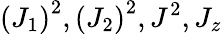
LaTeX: \left(J_{1}\right)^{2},\left(J_{2}\right)^{2},J^{2},J_{z}